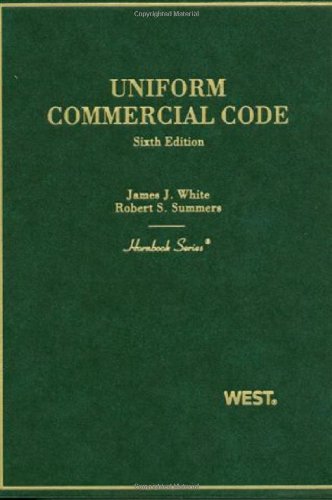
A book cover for Uniform Commercial Code (Hornbook); James White; Law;